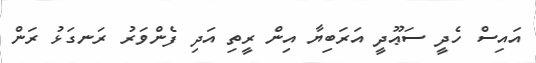
އައިސް ހެދީ ސަޢޫދީ އަރަބިޔާ އިން ރީތި އަދި ފެންވަރު ރަނގަޅު ރަން